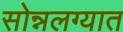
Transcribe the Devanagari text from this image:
सोन्नलग्यात